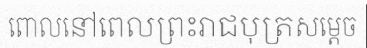
ពោលនៅពេលព្រះរាជបុត្រសម្តេច